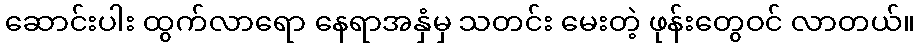
ဆောင်းပါး ထွက်လာရော နေရာအနှံမှ သတင်း မေးတဲ့ ဖုန်းတွေဝင် လာတယ်။